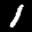
Label: 1